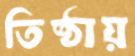
তিষ্ঠায়